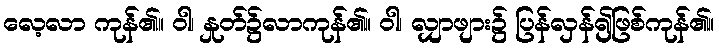
လေ့လာ ကုန်၏။ ဝါ၊ နှုတ်၌လာကုန်၏။ ဝါ၊ လျှာဖျား၌ ပြန်လှန်၍ဖြစ်ကုန်၏။